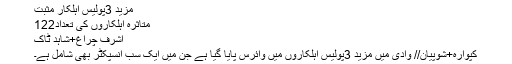
مزید 3پولیس اہلکار مثبت
متاثرہ اہلکاروں کی تعداد122
اشرف چراغ+شاہد ٹاک
کپوارہ+شوپیان// وادی میں مزید 3پولیس اہلکاروں میں وائرس پایا گیا ہے جن میں ایک سب انسپکٹر بھی شامل ہے۔